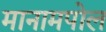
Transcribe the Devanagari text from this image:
मानामपोल